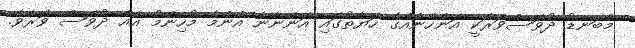
މާބަނޑު ދުވަސްވަރަކީ އަންހެނެއްގެ ހަޔާތުގައި އަންނާނެ އެންމެ މުހިންމު އެއް ދުވަސް ވަރެވެ.